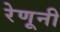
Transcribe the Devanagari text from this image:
रेणूनी